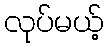
လုပ်မယ့်